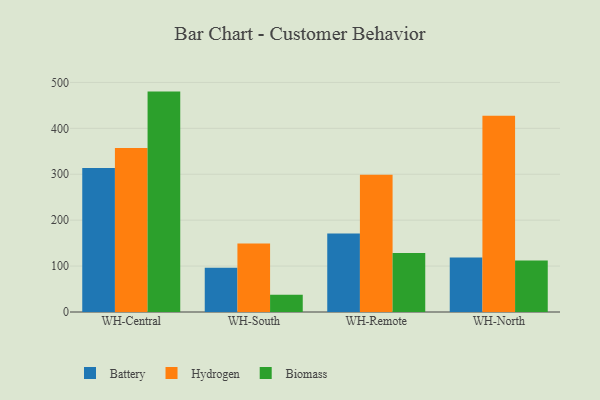
{"axis": {"x": "Warehouse", "y": "Inventory Turnover"}, "legend": ["Battery", "Biomass", "Hydrogen"], "data": [{"x": "WH-Central", "y": 313.8, "type": "Battery"}, {"x": "WH-Central", "y": 356.9, "type": "Hydrogen"}, {"x": "WH-Central", "y": 480.0, "type": "Biomass"}, {"x": "WH-South", "y": 96.5, "type": "Battery"}, {"x": "WH-South", "y": 149.0, "type": "Hydrogen"}, {"x": "WH-South", "y": 37.3, "type": "Biomass"}, {"x": "WH-Remote", "y": 170.9, "type": "Battery"}, {"x": "WH-Remote", "y": 298.8, "type": "Hydrogen"}, {"x": "WH-Remote", "y": 128.3, "type": "Biomass"}, {"x": "WH-North", "y": 118.9, "type": "Battery"}, {"x": "WH-North", "y": 427.2, "type": "Hydrogen"}, {"x": "WH-North", "y": 112.4, "type": "Biomass"}]}